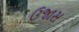
ઉજાસ